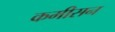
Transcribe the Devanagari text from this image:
कमीसन